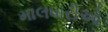
માલધારીઓ